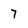
Character: 7